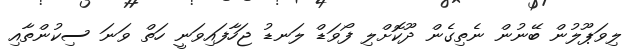
ލިވަޕޫލުން ބޭނުން ނެތިގެން ދޫކޮށްލި ފޯވަޑް ލަނޑު ޖަހާފައިވަނީ ހަތް ވަނަ ސިކުންތާއި